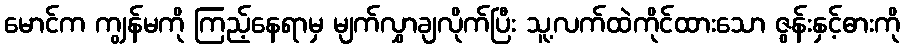
မောင်က ကျွန်မကို ကြည့်နေရာမှ မျက်လွှာချလိုက်ပြီး သူ့လက်ထဲကိုင်ထားသော ဇွန်းနှင့်ဓားကို